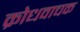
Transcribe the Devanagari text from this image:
क्रोधवाचक